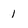
Character: 1